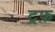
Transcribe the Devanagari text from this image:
ट्रफ़